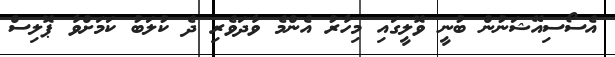
އެސޯސިއޭޝަނުން ބުނީ ވޮލީގައި މިހާރު އެންމެ ވާދަވެރި ދެ ކުލަބު ކަމަށްވާ ޕޮލިސް